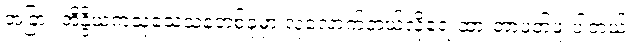
အခြား အိန္ဒိယကသုသေသနတစ်ခုမှာ လုံလောက်တယ်လို့ရေးထားတာဖတ်ဖူးပါတယ်။